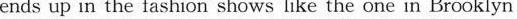
ends up in the fashion shows like the one in Brooklyn